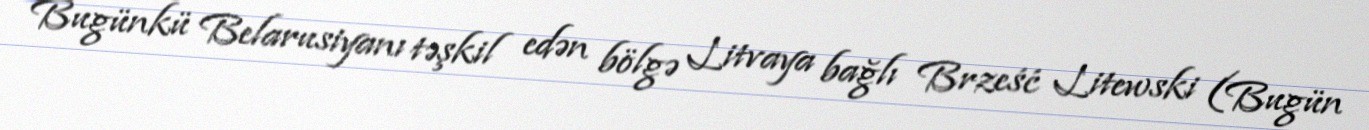
Bugünkü Belarusiyanı təşkil edən bölgə Litvaya bağlı Brześć Litewski (Bugün